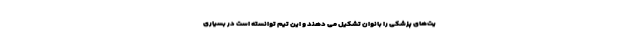
یت‌های پزشکی را بانوان تشکیل می دهند و این تیم توانسته است در بسیاری